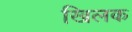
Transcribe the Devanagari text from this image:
खिलक